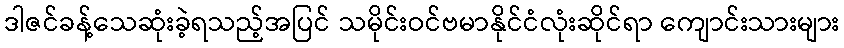
ဒါဇင်ခန့်သေဆုံးခဲ့ရသည့်အပြင် သမိုင်းဝင်ဗမာနိုင်ငံလုံးဆိုင်ရာ ကျောင်းသားများ